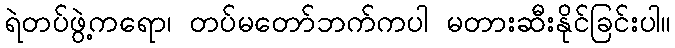
ရဲတပ်ဖွဲ့ကရော၊ တပ်မတော်ဘက်ကပါ မတားဆီးနိုင်ခြင်းပါ။